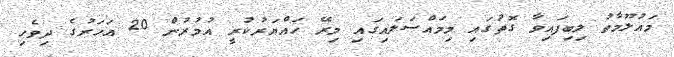
މައުލޫމާތު ލިބިފައިވާ ގޮތުގައި މިމައްސަލައިގައި މިރޭ ހައްޔަރުކުރީ އުމުރުން 20 އަހަރުގެ ދިވެހި